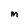
Character: M